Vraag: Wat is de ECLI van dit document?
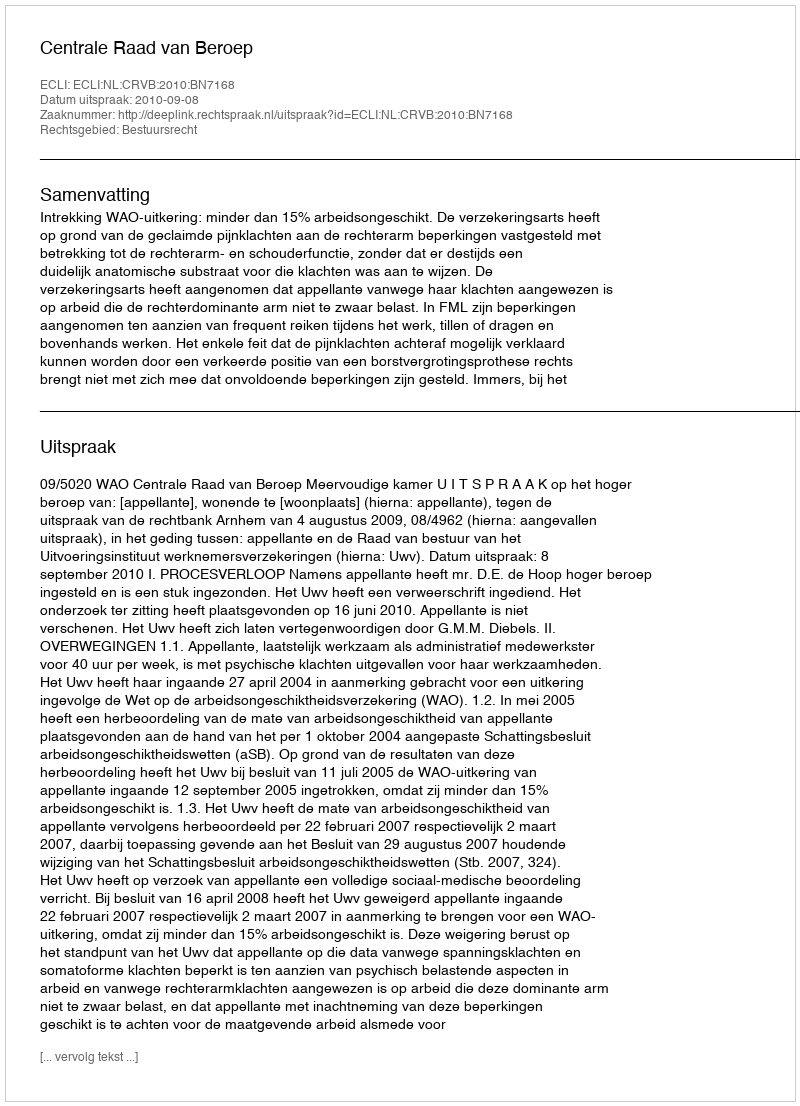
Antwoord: ECLI:NL:CRVB:2010:BN7168